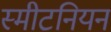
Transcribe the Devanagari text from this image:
स्मीटनियन